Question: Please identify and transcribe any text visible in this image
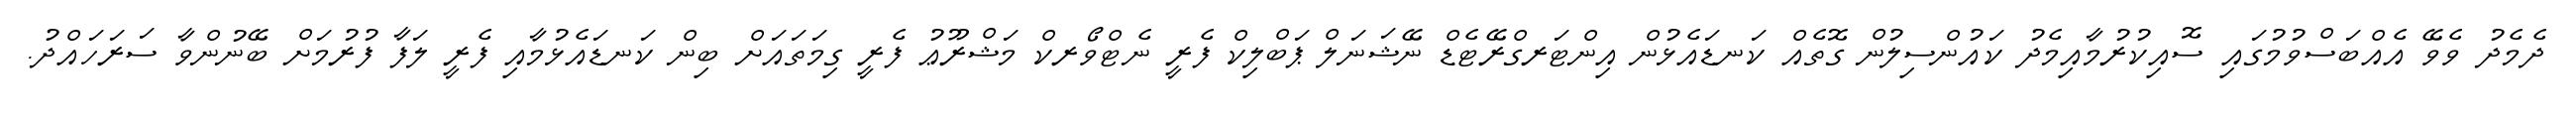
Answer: ދެމެދު ވެވޭ އެއްބަސްވުމުގައި ސޮއިކުރުމާއިމެދު ކައުންސިލުން ގޮތެއް ކަނޑައެޅުން އިންޓަރގްރޭޓެޑް ނޭޝަނަލް ޕަބްލިކް ފެރީ ނެޓްވޯރކް މަޝްރޫޢު ފެރީ ގިމަތައަށް ބިން ކަނޑައެޅުމާއި ފެރީ ލަފާ ފުރުމަށް ބޭނުންވާ ސަރަހައްދު.